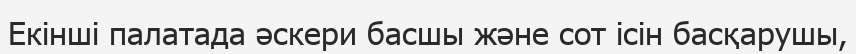
Екінші палатада әскери басшы және сот ісін басқарушы,